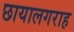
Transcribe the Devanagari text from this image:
छायालगराह